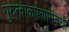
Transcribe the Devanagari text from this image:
गुरुत्वाकर्षणासंबंधी